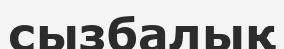
сызбалық